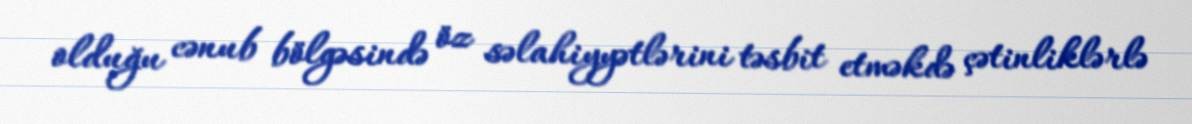
olduğu cənub bölgəsində öz səlahiyyətlərini təsbit etməkdə çətinliklərlə